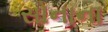
સોનાના